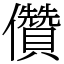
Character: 儹